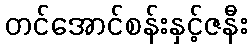
တင်အောင်စန်းနှင့်ဇနီး